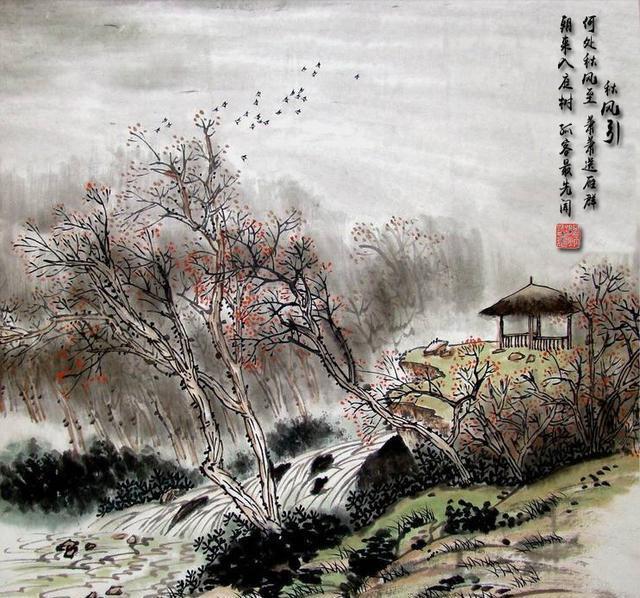
朝来入庭树，孤客最先闻。